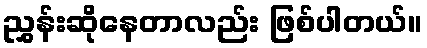
ညွှန်းဆိုနေတာလည်း ဖြစ်ပါတယ်။